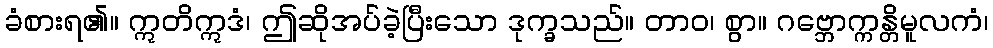
ခံစားရ၏။ ဣတိဣဒံ၊ ဤဆိုအပ်ခဲ့ပြီးသော ဒုက္ခသည်။ တာဝ၊ စွာ။ ဂဗ္ဘောက္ကန္တိမူလကံ၊